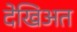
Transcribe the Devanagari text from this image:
देखिअत